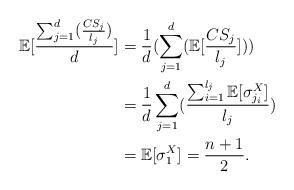
LaTeX: \begin{align*}\mathbb{E}[\frac{\sum_{j=1}^{d}(\frac{CS_j}{l_j})}{d}]&=\frac{1}{d}(\sum_{j=1}^{d}(\mathbb{E}[\frac{CS_j}{l_j}]))\\&=\frac{1}{d}\sum_{j=1}^{d}(\frac{\sum_{i=1}^{l_j}\mathbb{E}[\sigma^{X}_{j_i}]}{l_j})\\&=\mathbb{E}[\sigma^{X}_1]=\frac{n+1}{2}.\end{align*}